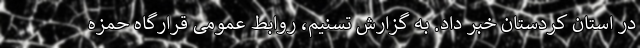
‌در استان کردستان خبر داد. به گزارش تسنیم، روابط عمومی قرارگاه حمزه